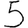
Digit: 5